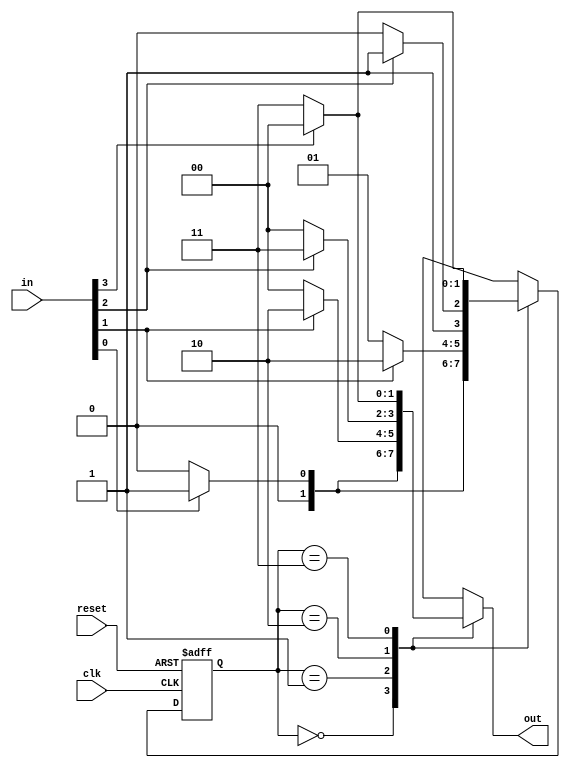
module VariableInputMealyStateMachine #(
    parameter STATE_WIDTH = 2,        // Number of bits for the state
    parameter INPUT_WIDTH = 4         // Number of bits for input
)(
    input wire clk,                   // Clock signal
    input wire reset,                 // Reset signal
    input wire [INPUT_WIDTH-1:0] in,  // Input signals
    output reg [1:0] out              // Output signals
);

// Define states
localparam S0 = 2'b00;
localparam S1 = 2'b01;
localparam S2 = 2'b10;
localparam S3 = 2'b11;

// State register
reg [STATE_WIDTH-1:0] current_state, next_state;

// State transition logic (next state logic)
always @(*) begin
    case (current_state)
        S0: begin
            if (in[0]) next_state = S1;  // Example transition
            else next_state = S0;
        end
        S1: begin
            if (in[1]) next_state = S2;  // Example transition
            else next_state = S1;
        end
        S2: begin
            if (in[2]) next_state = S3;  // Example transition
            else next_state = S2;
        end
        S3: begin
            if (in[3]) next_state = S0;  // Example transition back to S0
            else next_state = S3;
        end
        default: next_state = S0;      // Default case
    endcase
end

// Output logic (Mealy output logic)
always @(*) begin
    case (current_state)
        S0: out = (in[0]) ? 2'b01 : 2'b00;  // Example output when in state S0
        S1: out = (in[1]) ? 2'b10 : 2'b00;  // Example output when in state S1
        S2: out = (in[2]) ? 2'b11 : 2'b00;  // Example output when in state S2
        S3: out = (in[3]) ? 2'b00 : 2'b11;  // Example output when in state S3
        default: out = 2'b00;               // Default output case
    endcase
end

// Sequential logic for state register
always @(posedge clk or posedge reset) begin
    if (reset) begin
        current_state <= S0;             // Initialize to state S0 on reset
    end else begin
        current_state <= next_state;     // Update current state
    end
end

endmodule